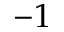
- 1